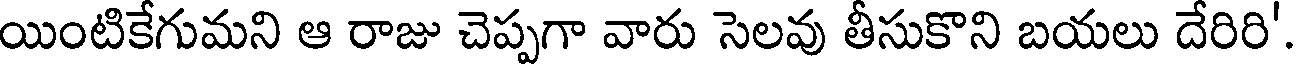
యింటికేగుమని ఆ రాజు చెప్పగా వారు సెలవు తీసుకొని బయలు దేరిరి'